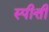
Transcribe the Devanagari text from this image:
स्पीत्ती